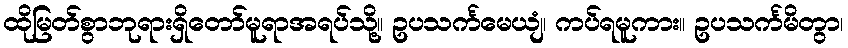
ထိုမြတ်စွာဘုရားရှိတော်မူရာအရပ်သို့။ ဥပသင်္ကမေယျံ၊ ကပ်ရမူကား။ ဥပသင်္ကမိတွာ၊